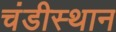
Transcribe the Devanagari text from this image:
चंडीस्‍थान